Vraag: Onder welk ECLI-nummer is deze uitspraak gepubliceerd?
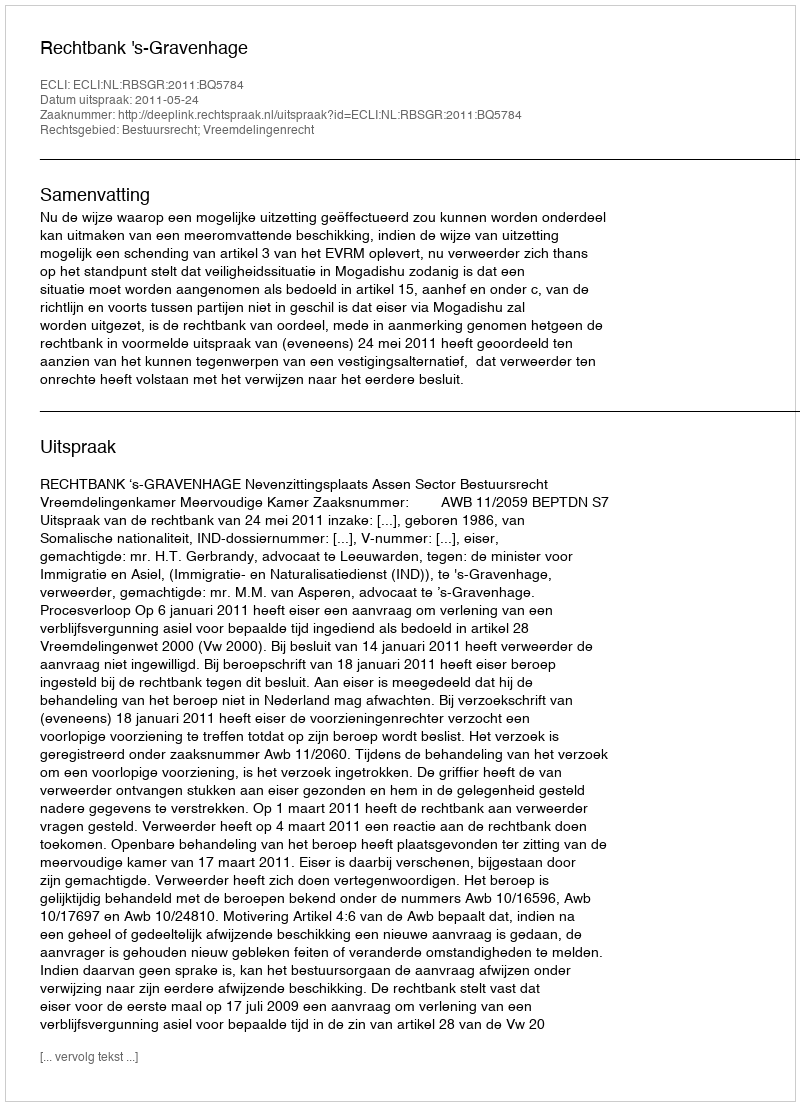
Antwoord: ECLI:NL:RBSGR:2011:BQ5784